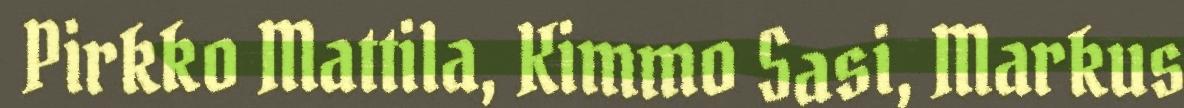
Pirkko Mattila, Kimmo Sasi, Markus